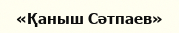
«Қаныш Сәтпаев»